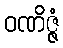
ဝဏိဇ္ဇံ